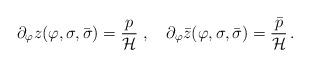
LaTeX: \begin{align*}\partial_{\varphi}z(\varphi,\sigma,\bar{\sigma})=\frac{p}{\cal H}\;,\quad\partial_{\varphi}\bar{z}(\varphi,\sigma,\bar{\sigma})=\frac{\bar{p}}{\cal H}\,.\end{align*}